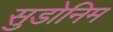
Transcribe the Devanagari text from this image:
सुडोनिम